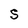
Character: S